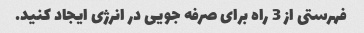
فهرستی از 3 راه برای صرفه جویی در انرژی ایجاد کنید.